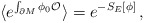
\begin{align*}\langle e^{\int_{\partial M} \phi_0 {\cal O}}\rangle = e^{- S_E[\phi]}\,,\end{align*}